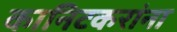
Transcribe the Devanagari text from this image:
कानिटकरांना